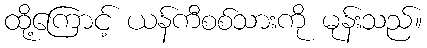
ထို့ကြောင့် ယန်ကီစစ်သားကို မုန်းသည်။